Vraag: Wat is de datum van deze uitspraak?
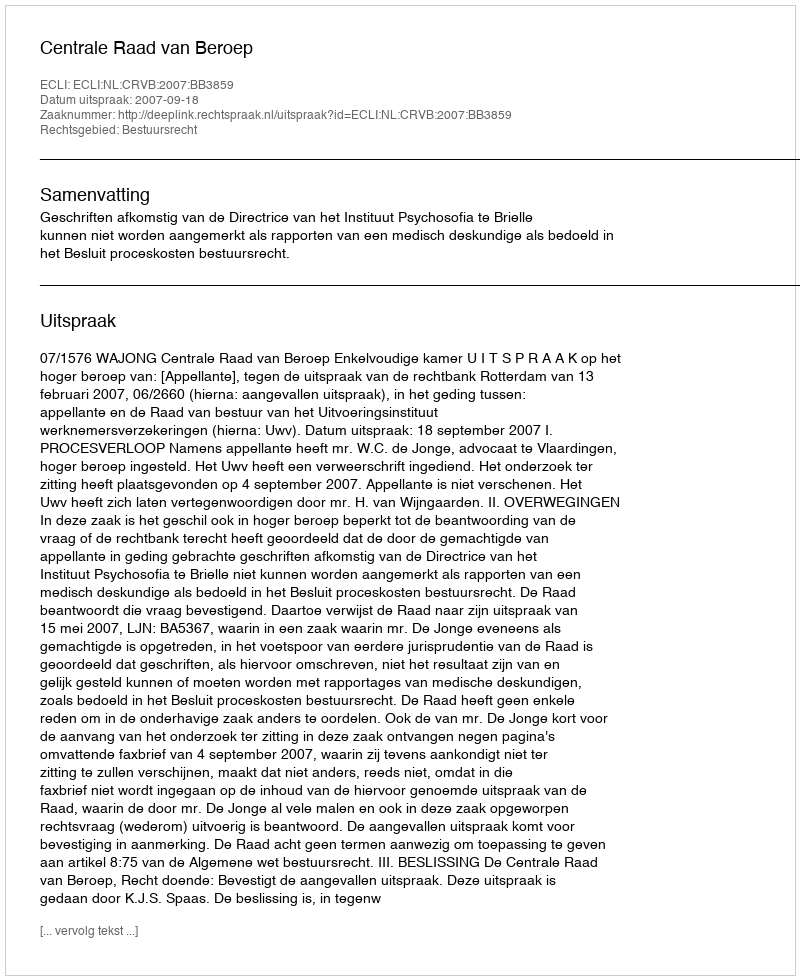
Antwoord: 2007-09-18